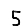
Digit: 5